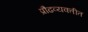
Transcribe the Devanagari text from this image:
प्रौढव्यक्तीत